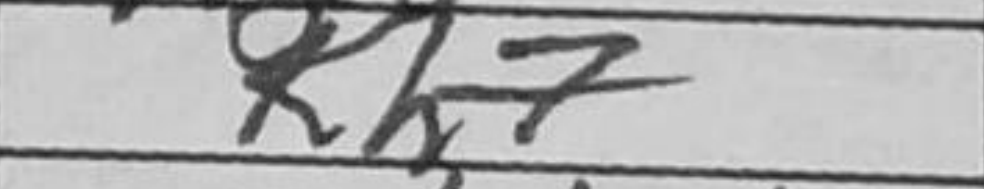
Transcription: Kh7